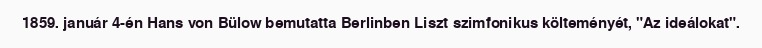
1859. január 4-én Hans von Bülow bemutatta Berlinben Liszt szimfonikus költeményét, "Az ideálokat".